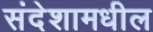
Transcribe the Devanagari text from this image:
संदेशामधील